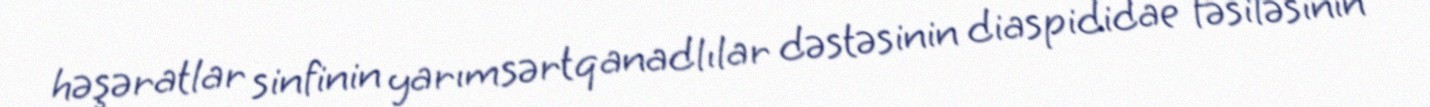
həşəratlar sinfinin yarımsərtqanadlılar dəstəsinin diaspididae fəsiləsinin